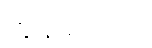
ကျွန်တော့်လို